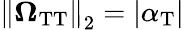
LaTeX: \left\Vert\mathbf{\Omega}_{\mathrm{TT}}\right\Vert_{2}=|\alpha_{\mathrm{T}}|